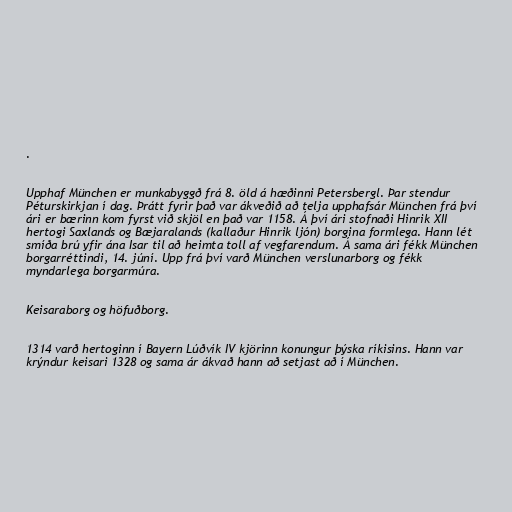
.

Upphaf München er munkabyggð frá 8. öld á hæðinni Petersbergl. Þar stendur
Péturskirkjan í dag. Þrátt fyrir það var ákveðið að telja upphafsár München frá því
ári er bærinn kom fyrst við skjöl en það var 1158. Á því ári stofnaði Hinrik XII
hertogi Saxlands og Bæjaralands (kallaður Hinrik ljón) borgina formlega. Hann lét
smíða brú yfir ána Isar til að heimta toll af vegfarendum. Á sama ári fékk München
borgarréttindi, 14. júní. Upp frá því varð München verslunarborg og fékk
myndarlega borgarmúra.

Keisaraborg og höfuðborg.

1314 varð hertoginn í Bayern Lúðvík IV kjörinn konungur þýska ríkisins. Hann var
krýndur keisari 1328 og sama ár ákvað hann að setjast að í München.